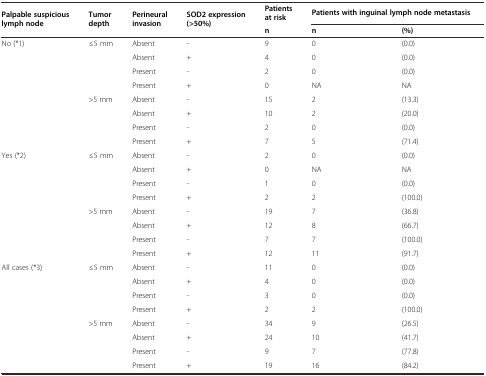
<table><thead><tr><td rowspan="2"><b>Palpable suspicious lymph node</b></td><td rowspan="2"><b>Tumor depth</b></td><td rowspan="2"><b>Perineural invasion</b></td><td rowspan="2"><b>SOD2 expression (&gt;50%)</b></td><td><b>Patients at risk</b></td><td colspan="2"><b>Patients with inguinal lymph node metastasis</b></td></tr><tr><td><b>n</b></td><td><b>n</b></td><td><b>(%)</b></td></tr></thead><tbody><tr><td>No (*1)</td><td>≤5 mm</td><td>Absent</td><td>-</td><td>9</td><td>0</td><td>(0.0)</td></tr><tr><td></td><td></td><td>Absent</td><td>+</td><td>4</td><td>0</td><td>(0.0)</td></tr><tr><td></td><td></td><td>Present</td><td>-</td><td>2</td><td>0</td><td>(0.0)</td></tr><tr><td></td><td></td><td>Present</td><td>+</td><td>0</td><td>NA</td><td>NA</td></tr><tr><td></td><td>&gt;5 mm</td><td>Absent</td><td>-</td><td>15</td><td>2</td><td>(13.3)</td></tr><tr><td></td><td></td><td>Absent</td><td>+</td><td>10</td><td>2</td><td>(20.0)</td></tr><tr><td></td><td></td><td>Present</td><td>-</td><td>2</td><td>0</td><td>(0.0)</td></tr><tr><td></td><td></td><td>Present</td><td>+</td><td>7</td><td>5</td><td>(71.4)</td></tr><tr><td>Yes (*2)</td><td>≤5 mm</td><td>Absent</td><td>-</td><td>2</td><td>0</td><td>(0.0)</td></tr><tr><td></td><td></td><td>Absent</td><td>+</td><td>0</td><td>NA</td><td>NA</td></tr><tr><td></td><td></td><td>Present</td><td>-</td><td>1</td><td>0</td><td>(0.0)</td></tr><tr><td></td><td></td><td>Present</td><td>+</td><td>2</td><td>2</td><td>(100.0)</td></tr><tr><td></td><td>&gt;5 mm</td><td>Absent</td><td>-</td><td>19</td><td>7</td><td>(36.8)</td></tr><tr><td></td><td></td><td>Absent</td><td>+</td><td>12</td><td>8</td><td>(66.7)</td></tr><tr><td></td><td></td><td>Present</td><td>-</td><td>7</td><td>7</td><td>(100.0)</td></tr><tr><td></td><td></td><td>Present</td><td>+</td><td>12</td><td>11</td><td>(91.7)</td></tr><tr><td>All cases (*3)</td><td>≤5 mm</td><td>Absent</td><td>-</td><td>11</td><td>0</td><td>(0.0)</td></tr><tr><td></td><td></td><td>Absent</td><td>+</td><td>4</td><td>0</td><td>(0.0)</td></tr><tr><td></td><td></td><td>Present</td><td>-</td><td>3</td><td>0</td><td>(0.0)</td></tr><tr><td></td><td></td><td>Present</td><td>+</td><td>2</td><td>2</td><td>(100.0)</td></tr><tr><td></td><td>&gt;5 mm</td><td>Absent</td><td>-</td><td>34</td><td>9</td><td>(26.5)</td></tr><tr><td></td><td></td><td>Absent</td><td>+</td><td>24</td><td>10</td><td>(41.7)</td></tr><tr><td></td><td></td><td>Present</td><td>-</td><td>9</td><td>7</td><td>(77.8)</td></tr><tr><td></td><td></td><td>Present</td><td>+</td><td>19</td><td>16</td><td>(84.2)</td></tr></tbody></table>